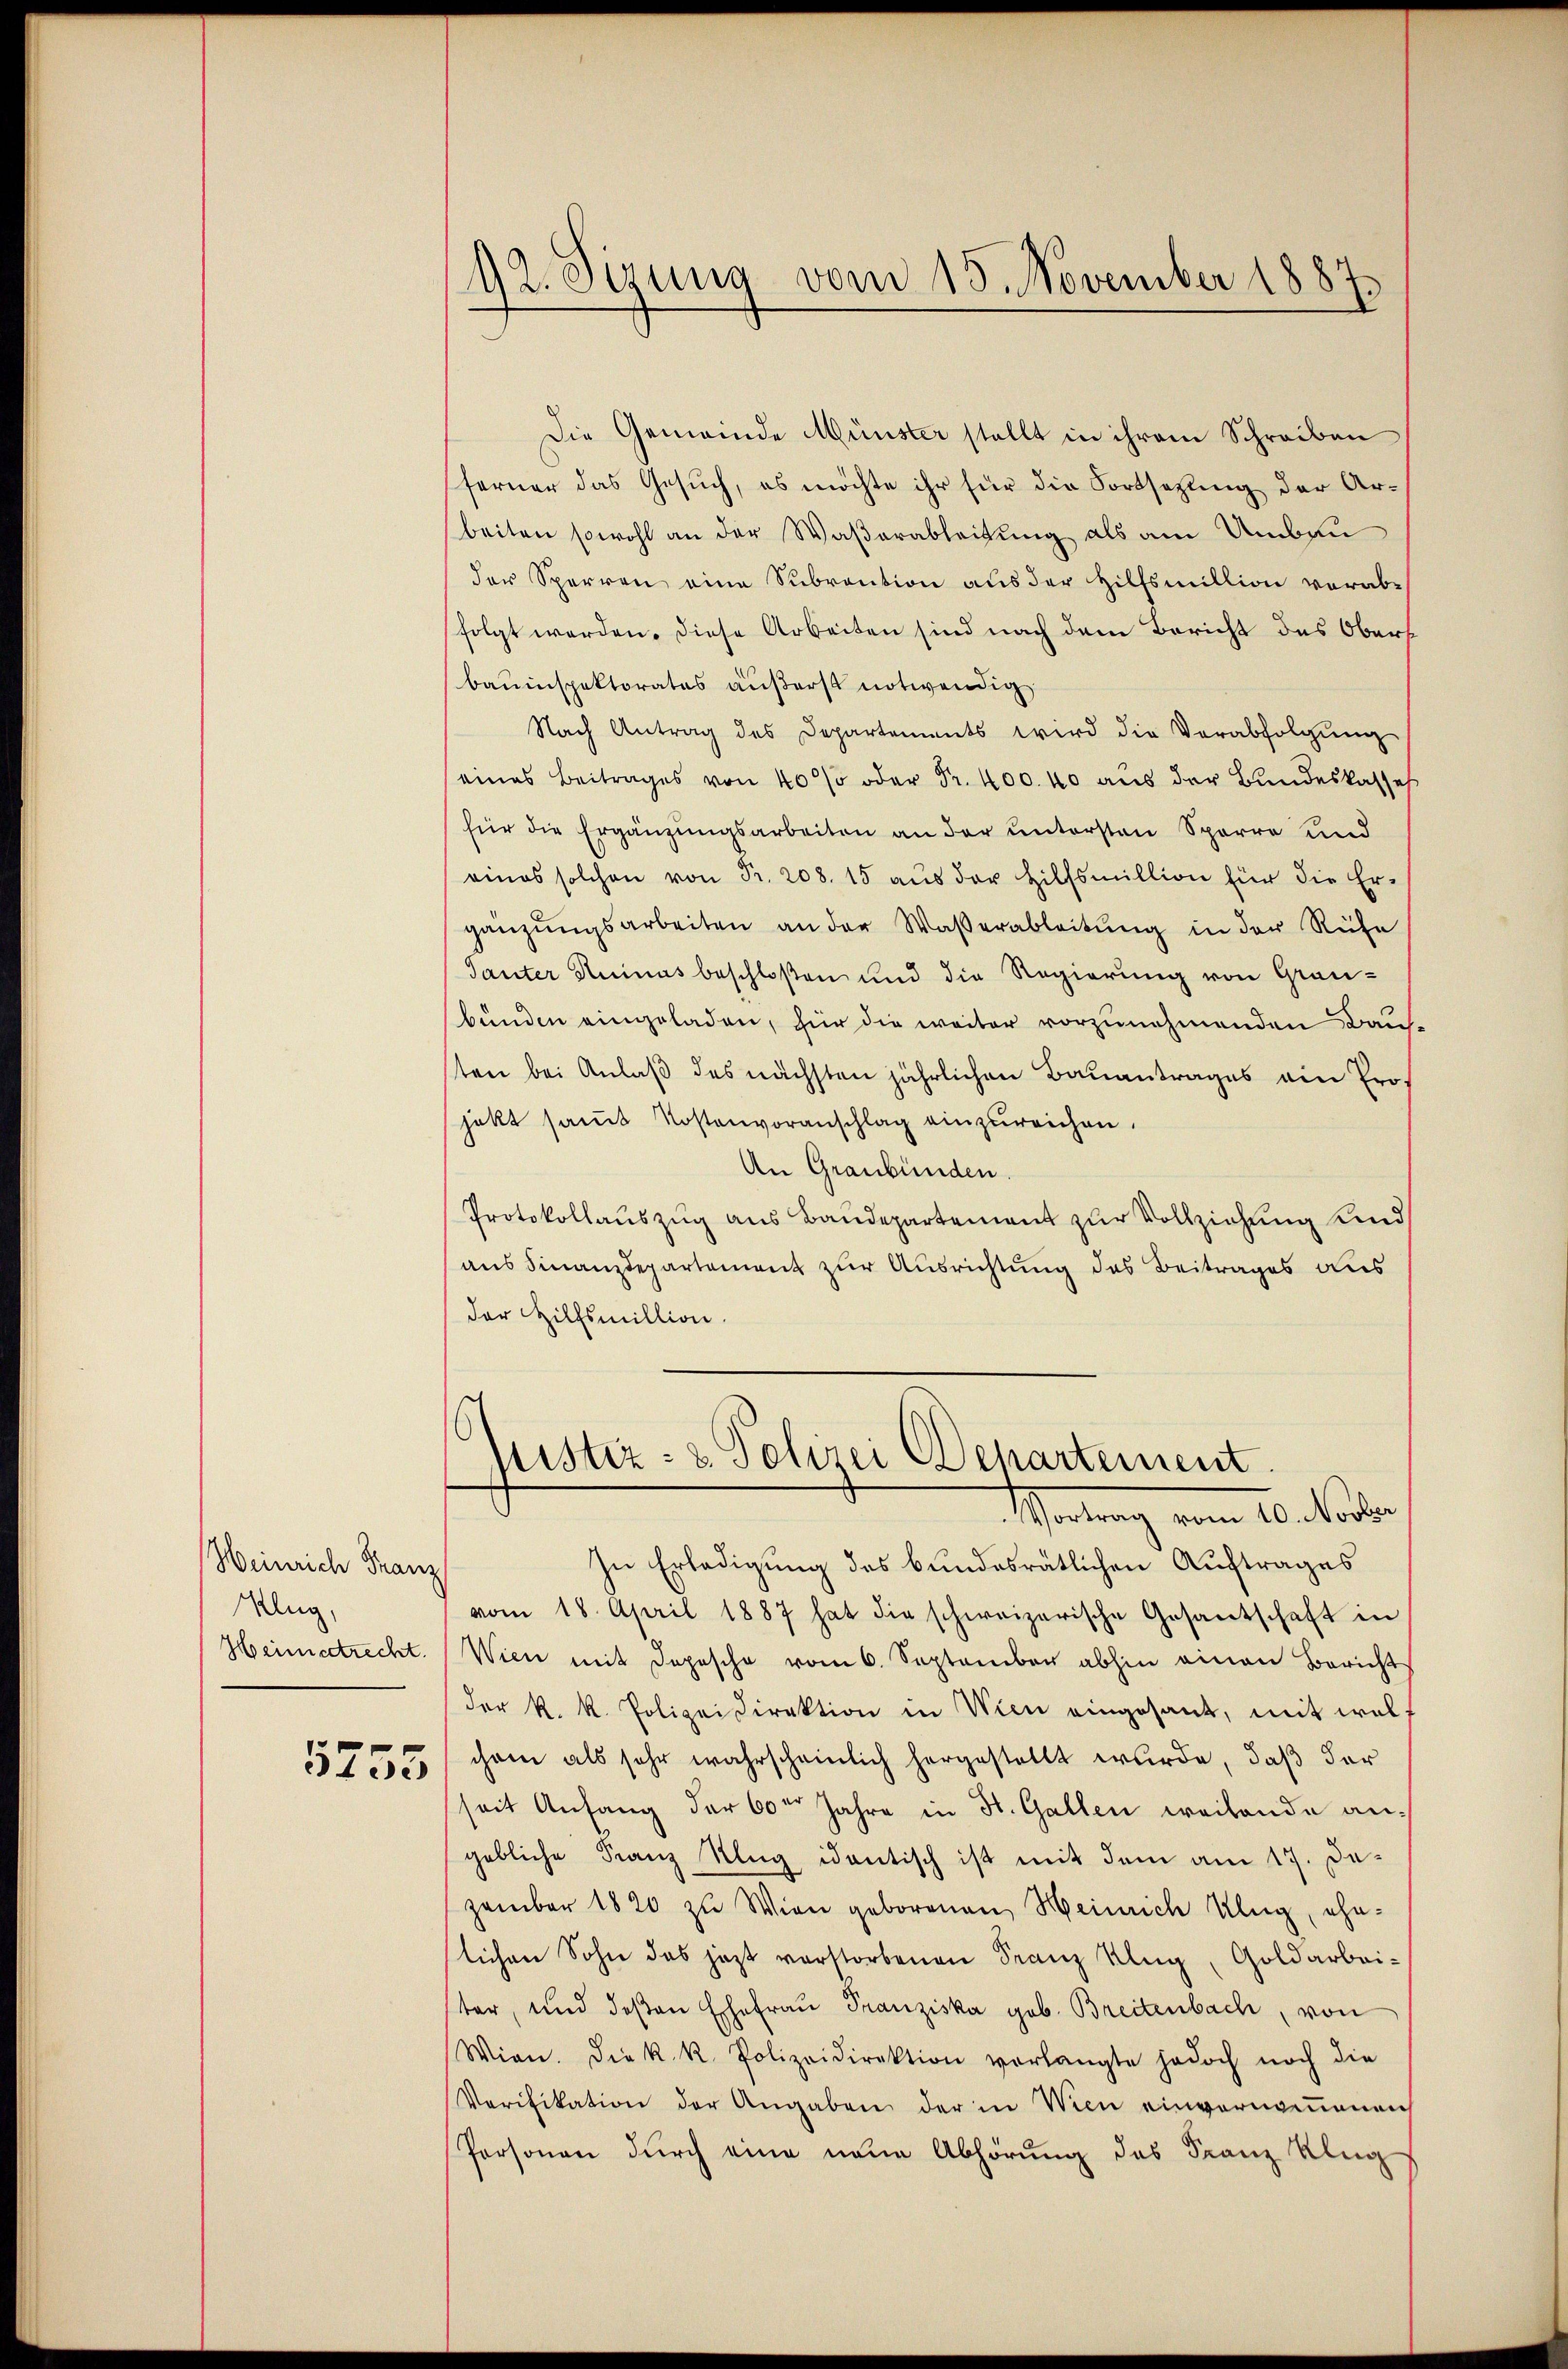
Heinrich Franz
Klug,
Heimatrecht.

5235

92. Sizung vom 15. November 1887

Die Gemeinde Münster stellt in ihrem Schreiben
ferner das Gesuch, es möchte ihr für die Fortsetzling der Arbeiten sowohl an der Waßerableitung als am Umbau
der Sperren eine Subvention aus der Hilfsmillion verabfolgt werden. Diese Arbeiten sind nach dem Bericht des Obersbauinspektorates äußerst notwendig
Nach Antrag des Departements wird die Verabfolgŭng
eines Beitrages von 40% oder Fr. 400. 40 aus der Bundeskasse
für die Ergänzungsarbeiten an der untersten Sparre und
eines solchen von Fr. 208. 15 aŭs der Hilfsmillion für die Er-
gänzungsarbeiten an der Waßerableitung in der Ruhe
Tanter Ruinas beschloßen und die Regierung von Grau-
bunden eingeladen, für die weiter vorzunehmenden Bausten bei Anlaß des nächsten jährlichen Bauantrages ain Projekt samt Kostenvoranschlag einzureichen.
An Graubünden.
Protokollauszug aus Baudepartement zur Vollziehung und
aus Finanzdepartement zur Ausrichtung des Beitrages aus
der Hilfsmillion.
s
Mistiz- & Polizei Departement
Pfortung vom 20. Novber
In Erledigung des bundesrätlichen Auftrages
vom 18. April 1887 hat die schweizerische Gesantschaft in
Wien mit dopesche vom 6. September abhin einen Bericht
der k. k. Polizeidirektion in Wien eingesant, mit welchem als sehr wahrscheinlich hergestellt wurde, daß der
seit Anfang der 60 Jahre in St. Gallen weitende angebliche Franz Klug identisch ist mit dem am 17. De-
zember 1820 zu Wien geborenen Heinrich Ulug, ehe-
lichen Sohn das jezt verstorbenen Franz Klug, Goldarbei-
ter, und deβen Ehefrau Franziska geb. Breitenbach, von
Wien. Die k. k. Polizeidirektion verlangte jedoch noch die
Verifikation der Angaben der in Wien einvernommenen
Personen durch eine neue Abhörung des Franz Klug